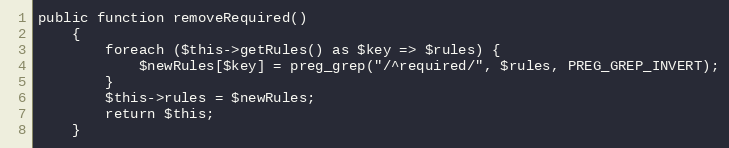
Language: PHP
public function removeRequired()
    {
        foreach ($this->getRules() as $key => $rules) {
            $newRules[$key] = preg_grep("/^required/", $rules, PREG_GREP_INVERT);
        }
        $this->rules = $newRules;
        return $this;
    }